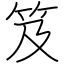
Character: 笈